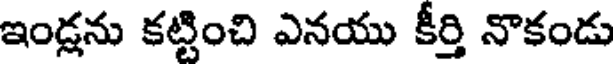
ఇండ్లను కట్టించి ఎనయు కీర్తి నొకండు